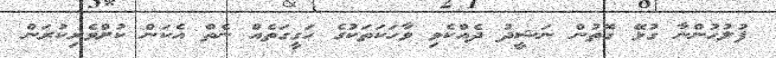
ފުލުހުންނާ ގުޅޭ ގޮތުން ނަޝީދު ދެއްކެވި ވާހަކަތަކުގެ ހަގީގަތެއް ނެތް އެކަން ކުށްވެރިކުރަން